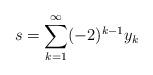
LaTeX: \begin{align*}s=\sum_{k=1}^\infty (-2)^{k-1}y_k\end{align*}